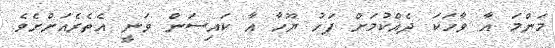
މަންމަ އާ ވާހަކަ ދެއްކުމަށް ފަހު ޔޫހާ އާ ކައިސަން ވަނީ އެތެރެއަށްށެވެ.